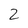
Character: 2